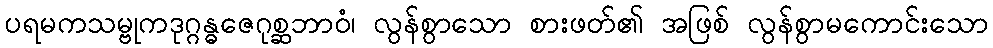
ပရမကသမ္ဗုကဒုဂ္ဂန္ဓဇေဂုစ္ဆဘာဝံ၊ လွန်စွာသော စားဖတ်၏ အဖြစ် လွန်စွာမကောင်းသော